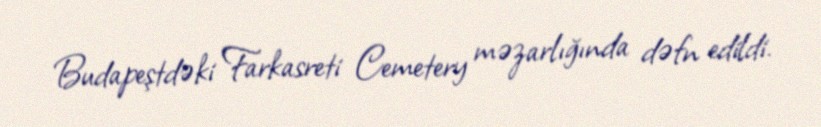
Budapeştdəki Farkasreti Cemetery məzarlığında dəfn edildi.